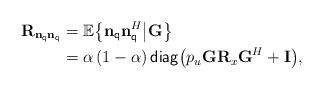
LaTeX: \begin{align*} {{\bf{R}}_{{{\bf{n}}_{\sf q}}{{\bf{n}}_{\sf q}}}} &= {\mathbb E}\!\left\{ {{{\bf{n}}_{\sf q}}{\bf{n}}_{\sf q}^H \big| {\bf{G}}} \right\} \\ &= \alpha \left( {1 - \alpha } \right){\sf diag}{\left( {p_u{\bf{G}}{{\bf{R}}_{x}}{{\bf{G}}^H} + {\bf{I}}} \right)},\end{align*}